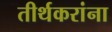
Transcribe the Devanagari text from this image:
तीर्थकरांना